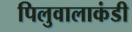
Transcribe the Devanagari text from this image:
पिलुवालाकंडी